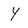
Character: Y